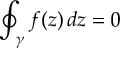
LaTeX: \oint _ { \gamma } f ( z ) \, d z = 0